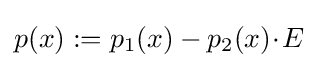
p(x):=p_{1}(x)-p_{2}(x)\!\cdot \!E